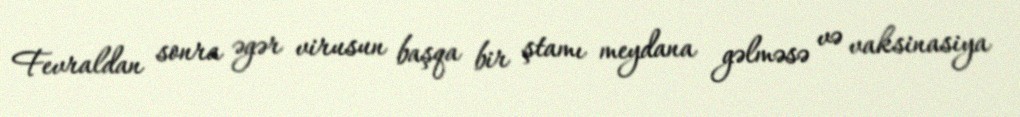
Fevraldan sonra əgər virusun başqa bir ştamı meydana gəlməsə və vaksinasiya